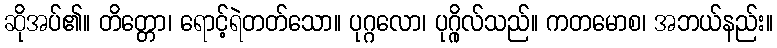
ဆိုအပ်၏။ တိတ္တော၊ ရောင့်ရဲတတ်သော။ ပုဂ္ဂလော၊ ပုဂ္ဂိုလ်သည်။ ကတမောစ၊ အဘယ်နည်း။